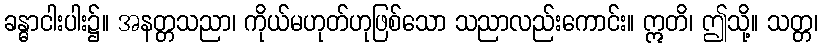
ခန္ဓာငါးပါး၌။ အနတ္တသညာ၊ ကိုယ်မဟုတ်ဟုဖြစ်သော သညာလည်းကောင်း။ ဣတိ၊ ဤသို့။ သတ္တ၊